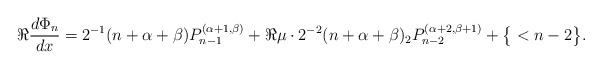
LaTeX: \begin{align*} \Re\frac {d\Phi_n}{dx} = 2^{-1} (n+\alpha+\beta)P_{n-1}^{(\alpha+1,\beta)} + \Re \mu\cdot 2^{-2} (n+\alpha+\beta)_2P_{n-2}^{(\alpha+2,\beta+1)} + \big\{<n-2\big\}. \end{align*}